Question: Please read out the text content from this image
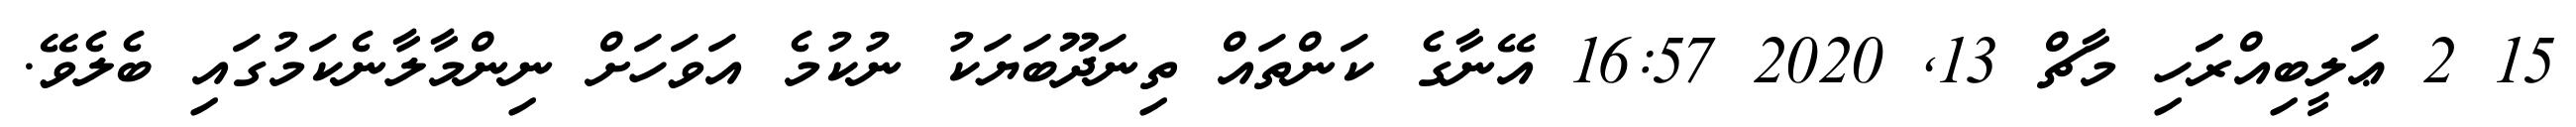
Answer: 15 2 ޢަލީބިއްރަަހި މާޗް 13, 2020 16:57 އޭނާގެ ކަންތައް ތިނަދޫބަޔަކު ނުކުމެ އަވަހަށް ނިންމާލާނެކަމުގައި ބެލެވޭ.